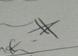
Signature authenticity: genuine